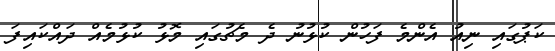
ކަޕުގައި ނިއު އެންމެ ފަހުން ކުޅުނު ދެ މެޗުގައި މޮޅު ކުޅުމެއް ދައްކައިފަ